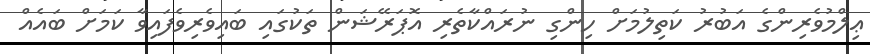
ޢިލްމުވެރިންގެ އަބުރު ކަތިލުމަށް ހިންގި ނުރައްކާތެރި އޮޕަރޭޝަން ތަކުގައި ބައިވެރިވެފައިވާ ކަމަށް ބައެއް